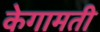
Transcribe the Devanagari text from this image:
केगामती